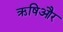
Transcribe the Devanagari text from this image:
ऋषिऔर